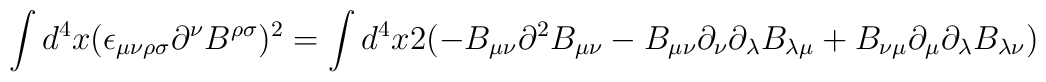
\int d^4x (\epsilon_{\mu\nu\rho\sigma}\partial^\nu B^{\rho\sigma})^2= \int d^4x 2(-B_{\mu\nu} \partial^2 B_{\mu\nu} - B_{\mu\nu} \partial_\nu \partial_\lambda B_{\lambda\mu} + B_{\nu\mu} \partial_\mu \partial_\lambda B_{\lambda\nu})